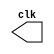
//ARQ1 - Guia06 - Eduardo Botelho de Andrade

module clock (clk);
 output clk;
 reg    clk;
 
 initial 
  begin
   clk = 1'b0;
  end
 
 always
  begin
   #12 clk = ~clk;
  end

endmodule

module pulse (signal, clock);
 input clock;
 output signal;
 reg signal;
 
 always @ (clock)
  begin
      signal = 1'b1;
   #3 signal = 1'b0;
   #3 signal = 1'b0;
   #3 signal = 1'b1;
  end
endmodule

module trigger (signal, on, clock);
 input on, clock;
 output signal;
 reg signal;
 
 always @ (posedge clock & on)
  begin
   #60 signal = 1'b1;
   #60 signal = 1'b0;
  end
endmodule

module testModule;
 wire clock;
 clock clk (clock);
 
 reg p;
 
 wire p1,t1;
 
 pulse pulse1 (p1,clock);
 trigger trigger1 (t1,p,clock);

 initial 
  begin
   p = 1'b0;
  end
 
 initial 
  begin
   $dumpfile ("0602.vcd");
   $dumpvars;
   #060 p=1'b1;
   #120 p=1'b0;
   #180 p=1'b1;
   #240 p=1'b0;
   #300 p=1'b1;
   #360 p=1'b0;
   #376 $finish;
  end
endmodule